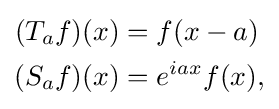
{\begin{aligned}(T_{a}f)(x)&=f(x-a)\\(S_{a}f)(x)&=e^{iax}f(x),\end{aligned}}